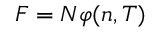
F = N \varphi ( n , T )